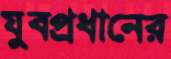
যুবপ্রধানের